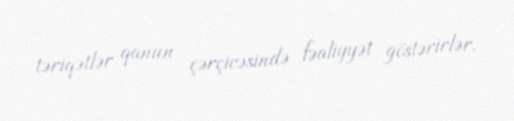
təriqətlər qanun çərçivəsində fəaliyyət göstərirlər.